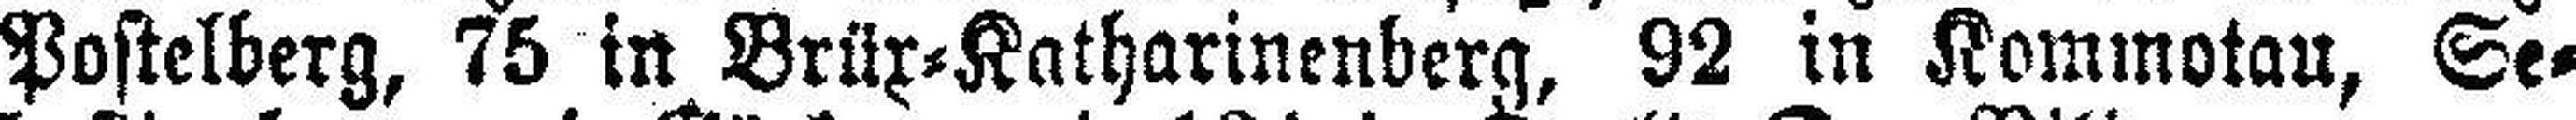
Postelberg, 75 in Brüx=Katharinenberg, 92 in Kommotau, Se¬